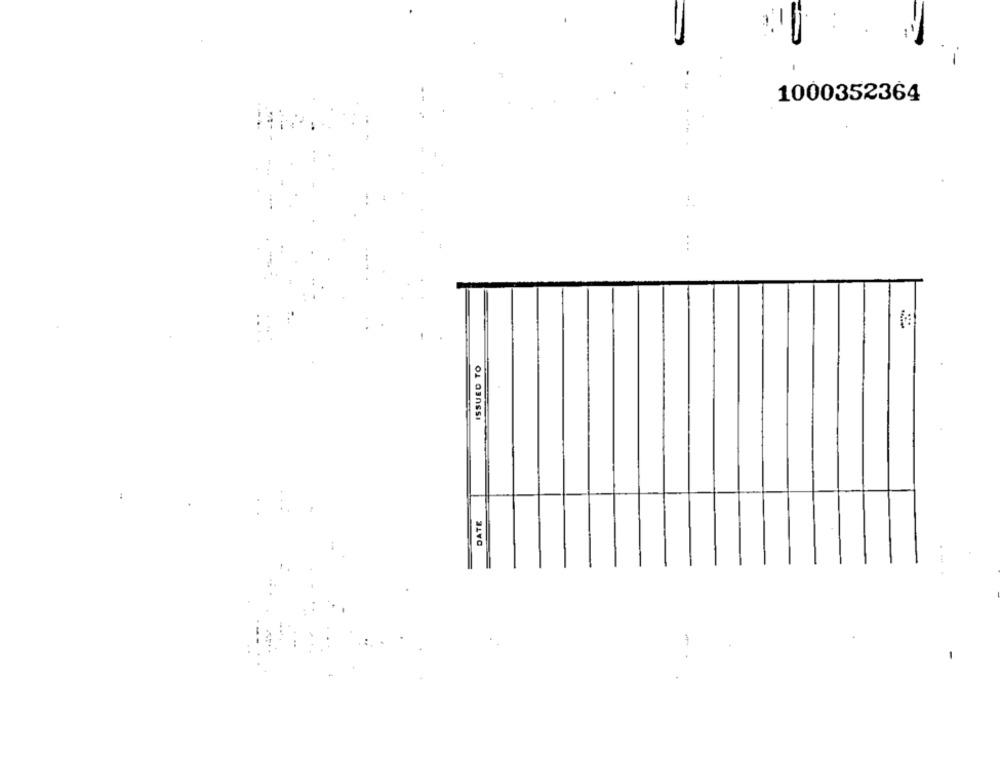
1000352364
ISSUED TO
DATE